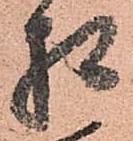
様